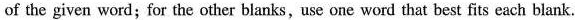
of the given word;for the other blanks,use one word that best fits each blank.